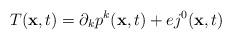
LaTeX: \begin{align*}T({\bf x},t)=\partial_kp^k({\bf x},t)+ej^0({\bf x},t)\end{align*}